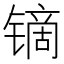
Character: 镝